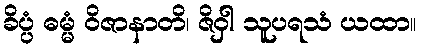
ခိပ္ပံ ဓမ္မံ ဝိဇာနာတိ၊ ဇိဝှါ သူပရသံ ယထာ။